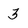
Character: 3